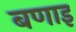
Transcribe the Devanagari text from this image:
बणाइ